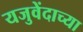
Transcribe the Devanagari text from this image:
यजुवेंदाच्या